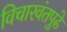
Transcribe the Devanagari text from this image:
विचारवंतपुढे